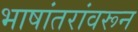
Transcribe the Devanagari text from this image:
भाषांतरांवरून